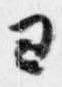
ヨ